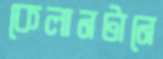
কেলানটানে